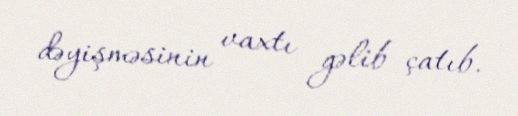
dəyişməsinin vaxtı gəlib çatıb.